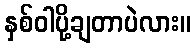
နှစ်ဝါပို့ချတာပဲလား။